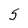
Character: 5